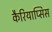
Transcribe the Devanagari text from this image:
कैरियाप्सिस